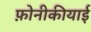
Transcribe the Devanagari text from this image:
फ़ोनीकीयाई